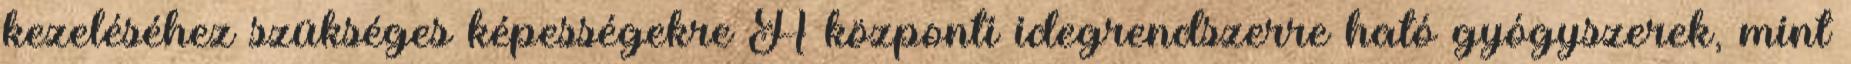
kezeléséhez szükséges képességekre A központi idegrendszerre ható gyógyszerek, mint